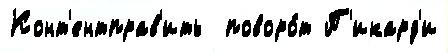
Конт'ентправ'ить  поворо́т П'икард'и